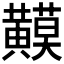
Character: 𪏟